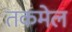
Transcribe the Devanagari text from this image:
तकमेल